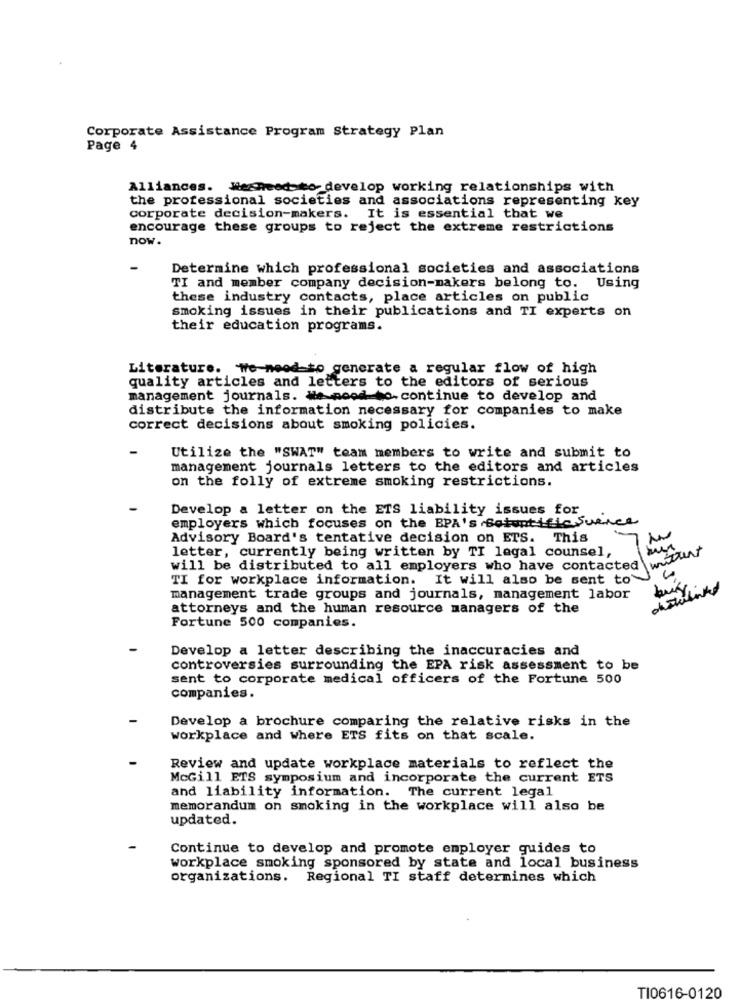
Corporate Assistance Program Strategy Plan
Page 4
Alliances. Wesheed-to develop working relationships with
the professional societies and associations representing key
corporate decision-makers. It is essential that we
encourage these groups to reject the extreme restrictions
now.
-
Determine which professional societies and associations
TI and member company decision-makers belong to. Using
these industry contacts, place articles on public
smoking issues in their publications and TI experts on
their education programs.
Literature. We need to generate a regular flow of high
quality articles and letters to the editors of serious
management journals. We need to.continue to develop and
distribute the information necessary for companies to make
correct decisions about smoking policies.
Utilize the "SWAT" team members to write and submit to
management journals letters to the editors and articles
on the folly of extreme smoking restrictions.
Develop a letter on the ETS liability issues for
employers which focuses on the BPA's Botuntific Suence
Advisory Board's tentative decision on ETS. This
mittent
letter, currently being written by TI legal counsel,
will be distributed to all employers who have contacted
TI for workplace information. It will also be sent to
bus,
management trade groups and journals, management labor
attorneys and the human resource managers of the
Fortune 500 companies.
Develop a letter describing the inaccuracies and
controversies surrounding the EPA risk assessment to be
sent to corporate medical officers of the Fortune 500
companies.
Develop a brochure comparing the relative risks in the
workplace and where ETS fits on that scale.
Review and update workplace materials to reflect the
McGill ETS symposium and incorporate the current ETS
and liability information. The current legal
memorandum on smoking in the workplace will also be
updated.
Continue to develop and promote employer guides to
workplace smoking sponsored by state and local business
organizations. Regional TI staff determines which
TI0616-0120